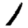
Digit: 1